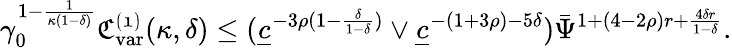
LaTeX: \gamma_{0}^{1-\frac{1}{\kappa(1-\delta)}}\mathfrak{C_{\mathrm{var}}^{(1)}}(\kappa,\delta)\le(\underline{{c}}^{-3\rho(1-\frac{\delta}{1-\delta})}\vee\underline{{c}}^{-(1+3\rho)-5\delta})\bar{\Psi}^{1+(4-2\rho)r+\frac{4\delta r}{1-\delta}}.